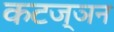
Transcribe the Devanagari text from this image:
कटज्ञन